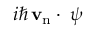
i \hbar \, { \bf v _ { \mathrm { n } } } \cdot { \bf \nabla } \psi